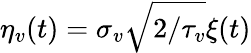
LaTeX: \eta_{v}(t)=\sigma_{v}\sqrt{2/{\tau_{v}}}\xi(t)